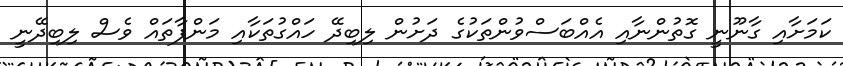
ކަމަށާއި ގާނޫނީ ގޮތުންނާއި އެއްބަސްވުންތަކުގެ ދަށުން ލިބިދޭ ހައްގުތަކާއި މަންފާތައް ވެސް ލިބިދޭނީ